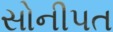
સોનીપત